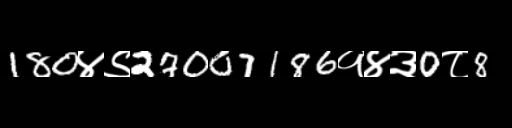
Text: 180४९27007186१४३0८8